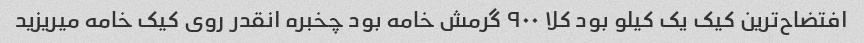
افتضاح‌ترین کیک یک کیلو بود کلا ۹۰۰ گرمش خامه بود چخبره انقدر روی کیک خامه میریزید